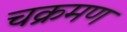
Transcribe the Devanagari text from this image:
चक्रमण